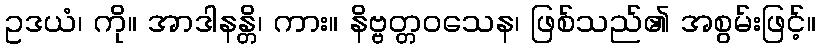
ဥဒယံ၊ ကို။ အာဒါနန္တိ၊ ကား။ နိဗ္ဗတ္တဝသေန၊ ဖြစ်သည်၏ အစွမ်းဖြင့်။